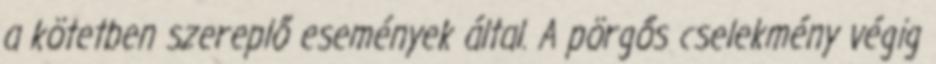
a kötetben szereplő események által. A pörgős cselekmény végig